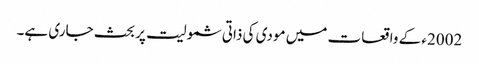
2002ء کے واقعات میں مودی کی ذاتی شمولیت پر بحث جاری ہے۔